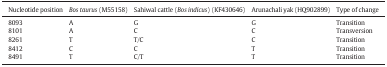
<table><thead><tr><td><b>Nucleotide position</b></td><td><b><i>Bos taurus</i> (M55158)</b></td><td><b>Sahiwal cattle (<i>Bos indicus</i>) (KF430646)</b></td><td><b>Arunachali yak (HQ902899)</b></td><td><b>Type of change</b></td></tr></thead><tbody><tr><td>8093</td><td>A</td><td>G</td><td>G</td><td>Transition</td></tr><tr><td>8101</td><td>A</td><td>C</td><td>C</td><td>Transversion</td></tr><tr><td>8261</td><td>T</td><td>T/C</td><td>C</td><td>Transition</td></tr><tr><td>8412</td><td>C</td><td>C</td><td>T</td><td>Transition</td></tr><tr><td>8491</td><td>T</td><td>C/T</td><td>T</td><td>Transition</td></tr></tbody></table>